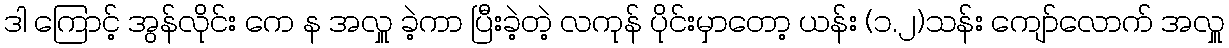
ဒါ ကြောင့် အွန်လိုင်း ကေ န အလှူ ခဲ့ကာ ပြီးခဲ့တဲ့ လကုန် ပိုင်းမှာတော့ ယန်း (၁.၂)သန်း ကျော်လောက် အလှူ